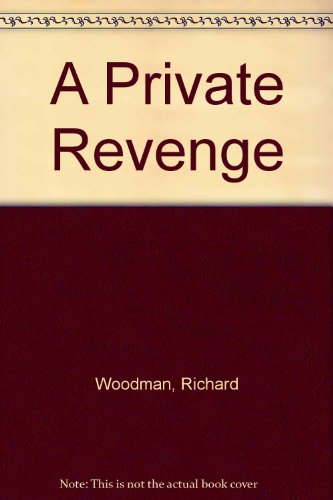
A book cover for A Private Revenge; Richard Woodman; Literature & Fiction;